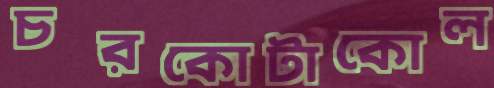
চরকোটাকোল